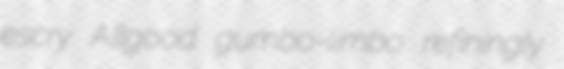
escry Allgood gumbo-limbo refiningly